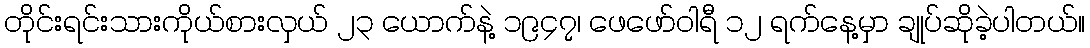
တိုင်းရင်းသားကိုယ်စားလှယ် ၂၃ ယောက်နဲ့ ၁၉၄၇၊ ဖေဖော်ဝါရီ ၁၂ ရက်နေ့မှာ ချုပ်ဆိုခဲ့ပါတယ်။